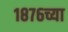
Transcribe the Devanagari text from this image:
१८७६च्या